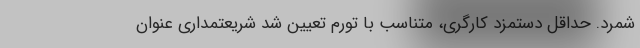
شمرد. حداقل دستمزد کارگری، متناسب با تورم تعیین شد شریعتمداری عنوان